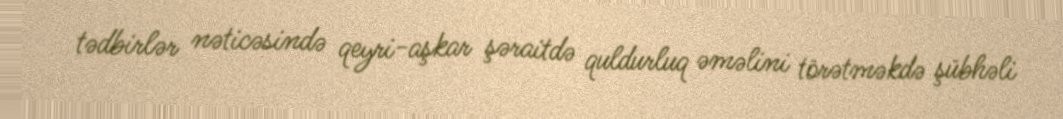
tədbirlər nəticəsində qeyri-aşkar şəraitdə quldurluq əməlini törətməkdə şübhəli